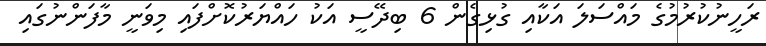
ރަހީނުކުރުމުގެ މައްސަލަ އަކާއި ގުޅިގެން 6 ބިދޭސީ އަކު ހައްޔަރުކޮށްފައި މިވަނީ މާފަންނުގައި